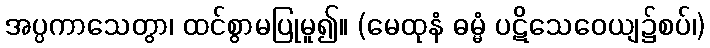
အပ္ပကာသေတွာ၊ ထင်စွာမပြုမူ၍။ (မေထုနံ ဓမ္မံ ပဋိသေဝေယျ၌စပ်၊)